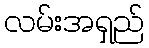
လမ်းအရှည်